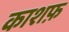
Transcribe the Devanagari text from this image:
काशफ़